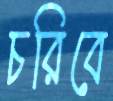
চরিবে